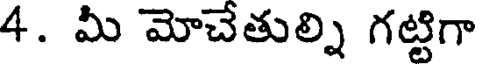
4. మీ మోచేతుల్ని గట్టిగా